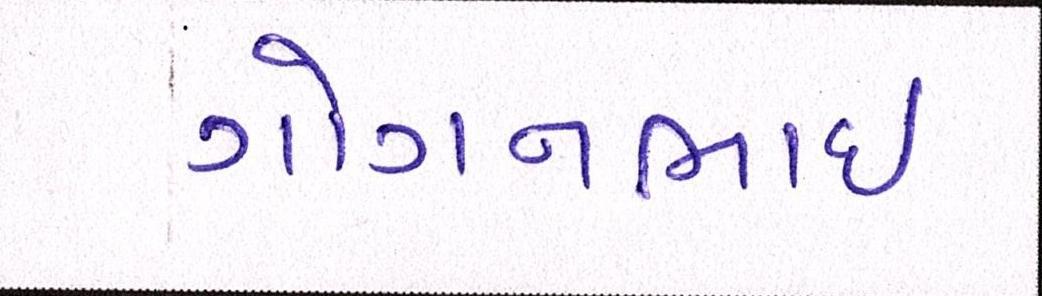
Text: ગોગનભાઇ